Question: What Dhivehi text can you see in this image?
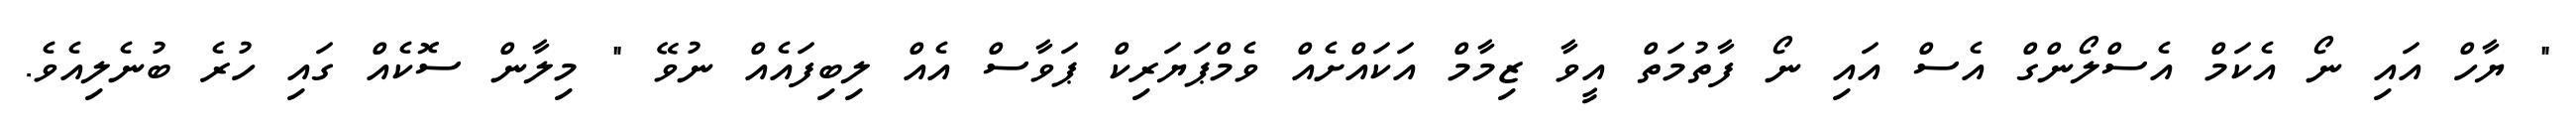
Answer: " ޔާހް އައި ނޯ އެކަމް އެސްލޯންގް އެސް އައި ނޯ ފާތުމަތް އީވާ ޒިމާމް އަކައްށެއް ވެމްޕަޔަރިކް ޕަވާސް އެއް ލިބިފައެއް ނުވޭ " މިލާން ސޮކެއް ގައި ހުރެ ބުނެލިއެވެ.